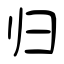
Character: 归